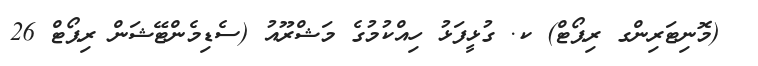
_ (މޮނިޓަރިންގ ރިޕޯޓް) ކ. ގުޅީފަޅު ހިއްކުމުގެ މަޝްރޫއު (ސެޑިމެންޓޭޝަން ރިޕޯޓް 26